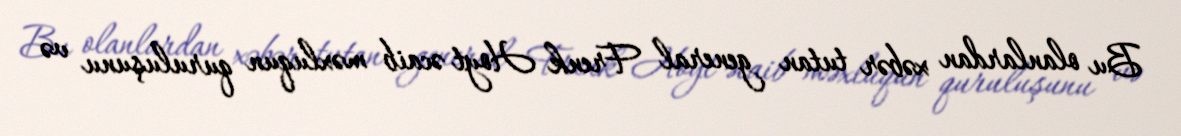
Bu olanlardan xəbər tutan general Frenk Hoyt əcaib məxluqun quruluşunu və